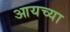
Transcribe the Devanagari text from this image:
आयच्या